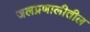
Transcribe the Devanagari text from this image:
जलप्रणालीतील